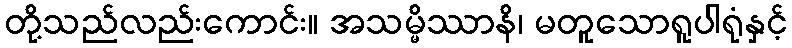
တို့သည်လည်းကောင်း။ အသမ္မိဿာနိ၊ မတူသောရူပါရုံနှင့်